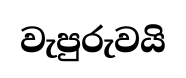
වැපුරුවයි